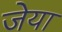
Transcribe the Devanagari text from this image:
जेया